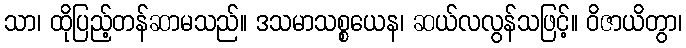
သာ၊ ထိုပြည့်တန်ဆာမသည်။ ဒသမာသစ္စယေန၊ ဆယ်လလွန်သဖြင့်။ ဝိဇာယိတွာ၊